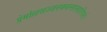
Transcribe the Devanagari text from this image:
प्रेमोल्लसज्जनकवत्सलवारिराशे।